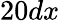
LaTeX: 20dx